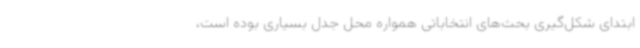
ابتدای شکل‌گیری بحث‌های انتخاباتی همواره محل جدل بسیاری بوده است،